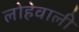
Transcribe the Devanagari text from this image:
लोहेवाली